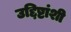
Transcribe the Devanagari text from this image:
उद्दिष्टांशी